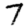
Digit: 7